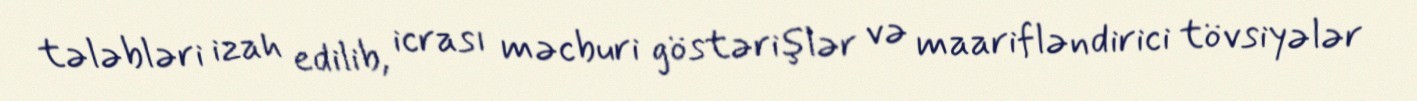
tələbləri izah edilib, icrası məcburi göstərişlər və maarifləndirici tövsiyələr